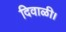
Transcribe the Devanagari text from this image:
दिवाळी।